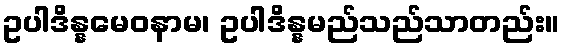
ဥပါဒိန္နမေဝနာမ၊ ဥပါဒိန္နမည်သည်သာတည်း။